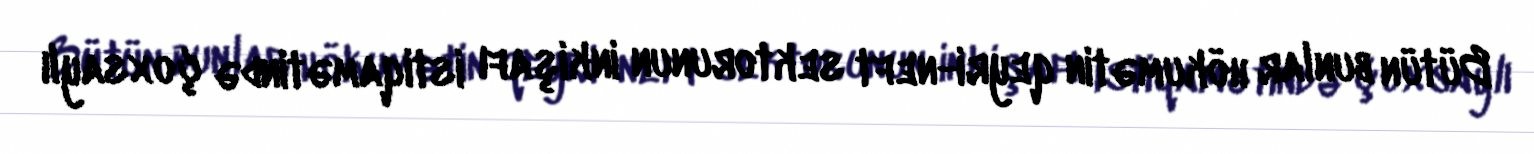
Bütün bunlar hökumətin qeyri-neft sektorunun inkişafı istiqamətində çoxsaylı